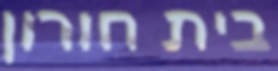
בית חורון